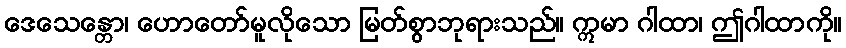
ဒေသေန္တော၊ ဟောတော်မူလိုသော မြတ်စွာဘုရားသည်။ ဣမာ ဂါထာ၊ ဤဂါထာကို။